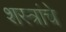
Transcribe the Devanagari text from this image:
शस्‍त्रांचे